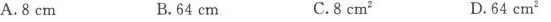
A.8cm B.64cm C.8cm^{2} D.64cm^{2}